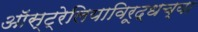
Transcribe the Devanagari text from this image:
ऑस्ट्रेलियाविरूद्धच्या